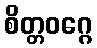
စိတ္တဝဂ္ဂေ